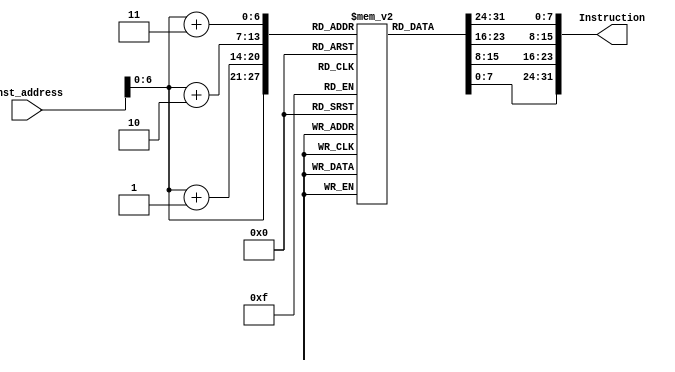
// module Instruction_Memory (
//     input  [63:0] Inst_address,
//     output reg [31:0] Instruction
// );
//     reg [7:0] instr_mem [15:0]; // 16 bitsx8 = 16 bytes

//     initial
//     begin
//         instr_mem [ 0] = 8'b10000011;
//         instr_mem [ 1] = 8'b00110100;
//         instr_mem [ 2] = 8'b10000101;
//         instr_mem [ 3] = 8'b00000010;
//         instr_mem [ 4] = 8'b10110011;
//         instr_mem [ 5] = 8'b10000100;
//         instr_mem [ 6] = 8'b10011010;
//         instr_mem [ 7] = 8'b00000000;
//         instr_mem [ 8] = 8'b10010011;
//         instr_mem [ 9] = 8'b10000100;
//         instr_mem [10] = 8'b00010100;
//         instr_mem [11] = 8'b00000000;
//         instr_mem [12] = 8'b00100011;
//         instr_mem [13] = 8'b00110100;
//         instr_mem [14] = 8'b10010101;
//         instr_mem [15] = 8'b00000010;   
//     end
    
//     always @(Inst_address)
//     begin
//         case(Inst_address)
//             64'd0 : Instruction = {instr_mem[ 3], instr_mem[ 2], instr_mem[ 1], instr_mem[ 0]};
//             64'd4 : Instruction = {instr_mem[ 7], instr_mem[ 6], instr_mem[ 5], instr_mem[ 4]};
//             64'd8 : Instruction = {instr_mem[11], instr_mem[10], instr_mem[ 9], instr_mem[ 8]};
//             64'd12: Instruction = {instr_mem[15], instr_mem[14], instr_mem[13], instr_mem[12]};
//         endcase
//     end

// endmodule

module Instruction_Memory(
  input [63:0] Inst_address,
  output reg [31:0] Instruction);
  
  reg [7:0] instr_mem [75:0];
  
  initial 
    begin
      
      instr_mem[75] = 8'hfb;
      instr_mem[74] = 8'hfe;
      instr_mem[73] = 8'hce;
      instr_mem[72] = 8'he3;
      
      instr_mem[71] = 8'h00;
      instr_mem[70] = 8'h85;
      instr_mem[69] = 8'h05;
      instr_mem[68] = 8'h13;
      
      instr_mem[67] = 8'h00;
      instr_mem[66] = 8'h1e;
      instr_mem[65] = 8'h8e;
      instr_mem[64] = 8'h93;
      
      instr_mem[63] = 8'h00;
      instr_mem[62] = 8'h98;
      instr_mem[61] = 8'h30;
      instr_mem[60] = 8'h23;
      
      instr_mem[59] = 8'h00;
      instr_mem[58] = 8'he5;
      instr_mem[57] = 8'h30;
      instr_mem[56] = 8'h23;
      
      instr_mem[55] = 8'hff;
      instr_mem[54] = 8'hff;
      instr_mem[53] = 8'h44;
      instr_mem[52] = 8'he3;
      
      instr_mem[51] = 8'h00;
      instr_mem[50] = 8'h85;
      instr_mem[49] = 8'h85;
      instr_mem[48] = 8'h93;
      
      instr_mem[47] = 8'h00;
      instr_mem[46] = 8'h1f;
      instr_mem[45] = 8'h0f;
      instr_mem[44] = 8'h13;
      
      instr_mem[43] = 8'h00;
      instr_mem[42] = 8'h08;
      instr_mem[41] = 8'h37;
      instr_mem[40] = 8'h03;
      
      instr_mem[39] = 8'h00;
      instr_mem[38] = 8'h05;
      instr_mem[37] = 8'h88;
      instr_mem[36] = 8'h33;
      
      instr_mem[35] = 8'h01;
      instr_mem[34] = 8'h17;
      instr_mem[33] = 8'h46;
      instr_mem[32] = 8'h63;
      
      instr_mem[31] = 8'h00;
      instr_mem[30] = 8'h05;
      instr_mem[29] = 8'hb8;
      instr_mem[28] = 8'h83;
      
      instr_mem[27] = 8'h00;
      instr_mem[26] = 8'h08;
      instr_mem[25] = 8'h37;
      instr_mem[24] = 8'h03;
      
      instr_mem[23] = 8'h00;
      instr_mem[22] = 8'ha0;
      instr_mem[21] = 8'h08;
      instr_mem[20] = 8'h33;
      
      instr_mem[19] = 8'h00;
      instr_mem[18] = 8'h85;
      instr_mem[17] = 8'h05;
      instr_mem[16] = 8'h93;
      
      instr_mem[15] = 8'h00;
      instr_mem[14] = 8'h05;
      instr_mem[13] = 8'h34;
      instr_mem[12] = 8'h83;
      
      instr_mem[11] = 8'h00;
      instr_mem[10] = 8'h1e;
      instr_mem[9] = 8'h8f;
      instr_mem[8] = 8'h13;
      
      instr_mem[7] = 8'h00;
      instr_mem[6] = 8'h00;
      instr_mem[5] = 8'h0f;
      instr_mem[4] = 8'h13;
      
      instr_mem[3] = 8'h00;
      instr_mem[2] = 8'ha0;
      instr_mem[1] = 8'h0f;
      instr_mem[0] = 8'h93;
      
    end
  
  always @(*)   // Fethcing address.  
      Instruction = {instr_mem[Inst_address +3], instr_mem[Inst_address + 2], instr_mem[Inst_address + 1], instr_mem[Inst_address]};
  
endmodule
// module Instruction_Memory
// (
//     input [63:0] Inst_address,
//     output reg [31:0]Instruction
// );

//     reg [7:0] instr_mem [11:0];

//     initial 
//         begin
//             {instr_mem[3], instr_mem[2], instr_mem[1], instr_mem[0]} = 32'h003100b3; 
//             // add x1 x2 x3
//             {instr_mem[7], instr_mem[6], instr_mem[5], instr_mem[4]} = 32'h00308133; 
//             // add x2 x1 x3
//             {instr_mem[11], instr_mem[10], instr_mem[9], instr_mem[8]} = 32'h00108193; 
//             // addi x3 x1 1      
//         end

//     always @(*)   // Fethcing address.  
//         Instruction = {instr_mem[Inst_address +3], instr_mem[Inst_address + 2], instr_mem[Inst_address + 1], instr_mem[Inst_address]};

// endmodule